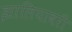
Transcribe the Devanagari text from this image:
झालियावरी